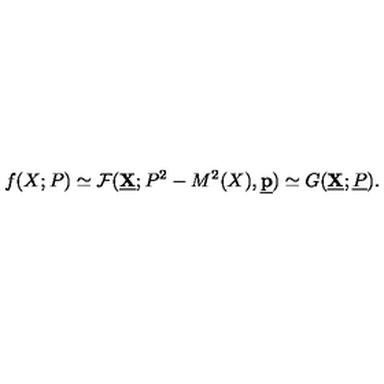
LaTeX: f ( X ; P ) \simeq { \cal F } ( \underline { { \bf X } } ; P ^ { 2 } - M ^ { 2 } ( X ) , \underline { { \bf p } } ) \simeq G ( \underline { { \bf X } } ; \underline { { P } } ) .